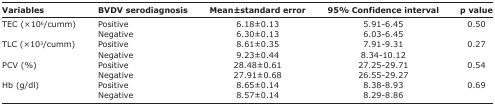
| Variables | BVDV serodiagnosis | Mean±standard error | 95% Confidence interval | p value |
 | --- | --- | --- | --- | --- |
 | <ROWSPAN=2> TEC (×106/cumm) | Positive | 6.18±0.13 | 5.91-6.45 | <ROWSPAN=2> 0.50 |
 | Negative | 6.30±0.13 | 6.03-6.45 |
 | <ROWSPAN=2> TLC (×103/cumm) | Positive | 8.61±0.35 | 7.91-9.31 | <ROWSPAN=2> 0.27 |
 | Negative | 9.23±0.44 | 8.34-10.12 |
 | <ROWSPAN=2> PCV (%) | Positive | 28.48±0.61 | 27.25-29.71 | <ROWSPAN=2> 0.54 |
 | Negative | 27.91±0.68 | 26.55-29.27 |
 | <ROWSPAN=2> Hb (g/dl) | Positive | 8.65±0.14 | 8.38-8.93 | <ROWSPAN=2> 0.69 |
 | Negative | 8.57±0.14 | 8.29-8.86 |